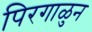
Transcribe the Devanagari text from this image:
पिरगाळुन